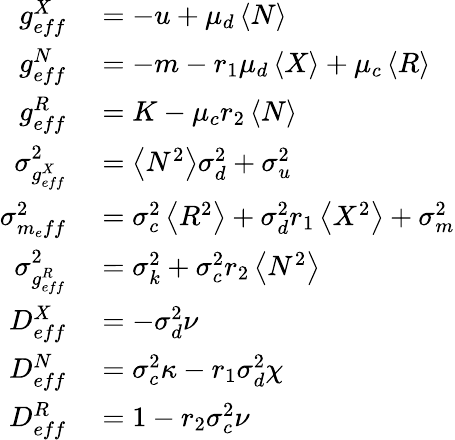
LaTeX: \begin{array}{rl}{g_{eff}^{X}}&{{}=-u+\mu_{d}\left<N\right>}\\ {g_{eff}^{N}}&{{}=-m-r_{1}\mu_{d}\left<X\right>+\mu_{c}\left<R\right>}\\ {g_{eff}^{R}}&{{}=K-\mu_{c}r_{2}\left<N\right>}\\ {\sigma_{g_{eff}^{X}}^{2}}&{{}=\left<N^{2}\right>\sigma_{d}^{2}+\sigma_{u}^{2}}\\ {\sigma_{m_{e}ff}^{2}}&{{}=\sigma_{c}^{2}\left<R^{2}\right>+\sigma_{d}^{2}{r_{1}}\left<X^{2}\right>+\sigma_{m}^{2}}\\ {\sigma_{g_{eff}^{R}}^{2}}&{{}=\sigma_{k}^{2}+\sigma_{c}^{2}{r_{2}}\left<N^{2}\right>}\\ {D_{eff}^{X}}&{{}=-\sigma_{d}^{2}\nu}\\ {D_{eff}^{N}}&{{}=\sigma_{c}^{2}\kappa-r_{1}\sigma_{d}^{2}\chi}\\ {D_{eff}^{R}}&{{}=1-r_{2}\sigma_{c}^{2}\nu}\end{array}